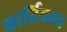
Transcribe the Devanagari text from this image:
वार्तिकात